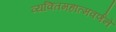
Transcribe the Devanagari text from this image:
व्यक्तिमहात्मवर्णने